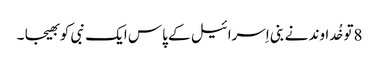
8تو خُداوند نے بنی اِسرائیل کے پاس ایک نبی کو بھیجا ۔